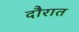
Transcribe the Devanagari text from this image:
दौरात